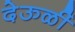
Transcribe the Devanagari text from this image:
देऊळीं